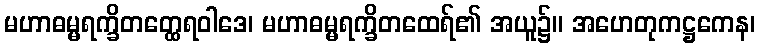
မဟာဓမ္မရက္ခိတတ္ထေရဝါဒေ၊ မဟာဓမ္မရက္ခိတထေရ်၏ အယူ၌။ အဟေတုကဋ္ဌကေန၊